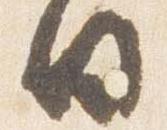
日